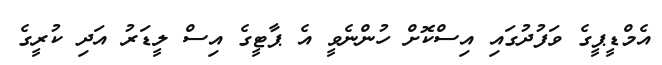
އެމްޑީޕީގެ ވަފުދުގައި އިސްކޮށް ހުންނެވީ އެ ޕާޓީގެ އިސް ލީޑަރު އަދި ކުރީގެ